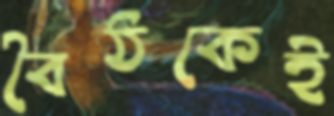
বৈঠকেই